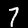
Digit: 7